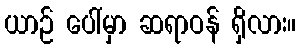
ယာဉ် ပေါ်မှာ ဆရာဝန် ရှိလား။